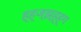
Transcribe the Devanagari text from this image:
ह्ह्ज्झ्ह्ह्ग